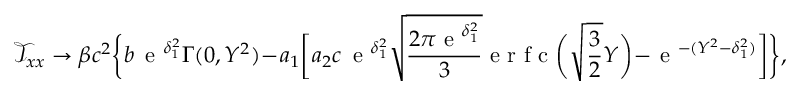
\mathcal { T } _ { x x } \to \beta c ^ { 2 } \biggl \{ b \, \textrm { e } ^ { \delta _ { 1 } ^ { 2 } } \Gamma ( 0 , Y ^ { 2 } ) - a _ { 1 } \biggl [ a _ { 2 } c \, \textrm { e } ^ { \delta _ { 1 } ^ { 2 } } \sqrt { \frac { 2 \pi \textrm { e } ^ { \delta _ { 1 } ^ { 2 } } } { 3 } } \textrm { e r f c } \biggl ( \sqrt { \frac { 3 } { 2 } } Y \biggr ) - \textrm { e } ^ { - ( Y ^ { 2 } - \delta _ { 1 } ^ { 2 } ) } \biggr ] \biggr \} ,